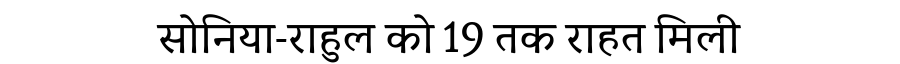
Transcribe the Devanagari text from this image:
सोनिया-राहुल को 19 तक राहत मिली